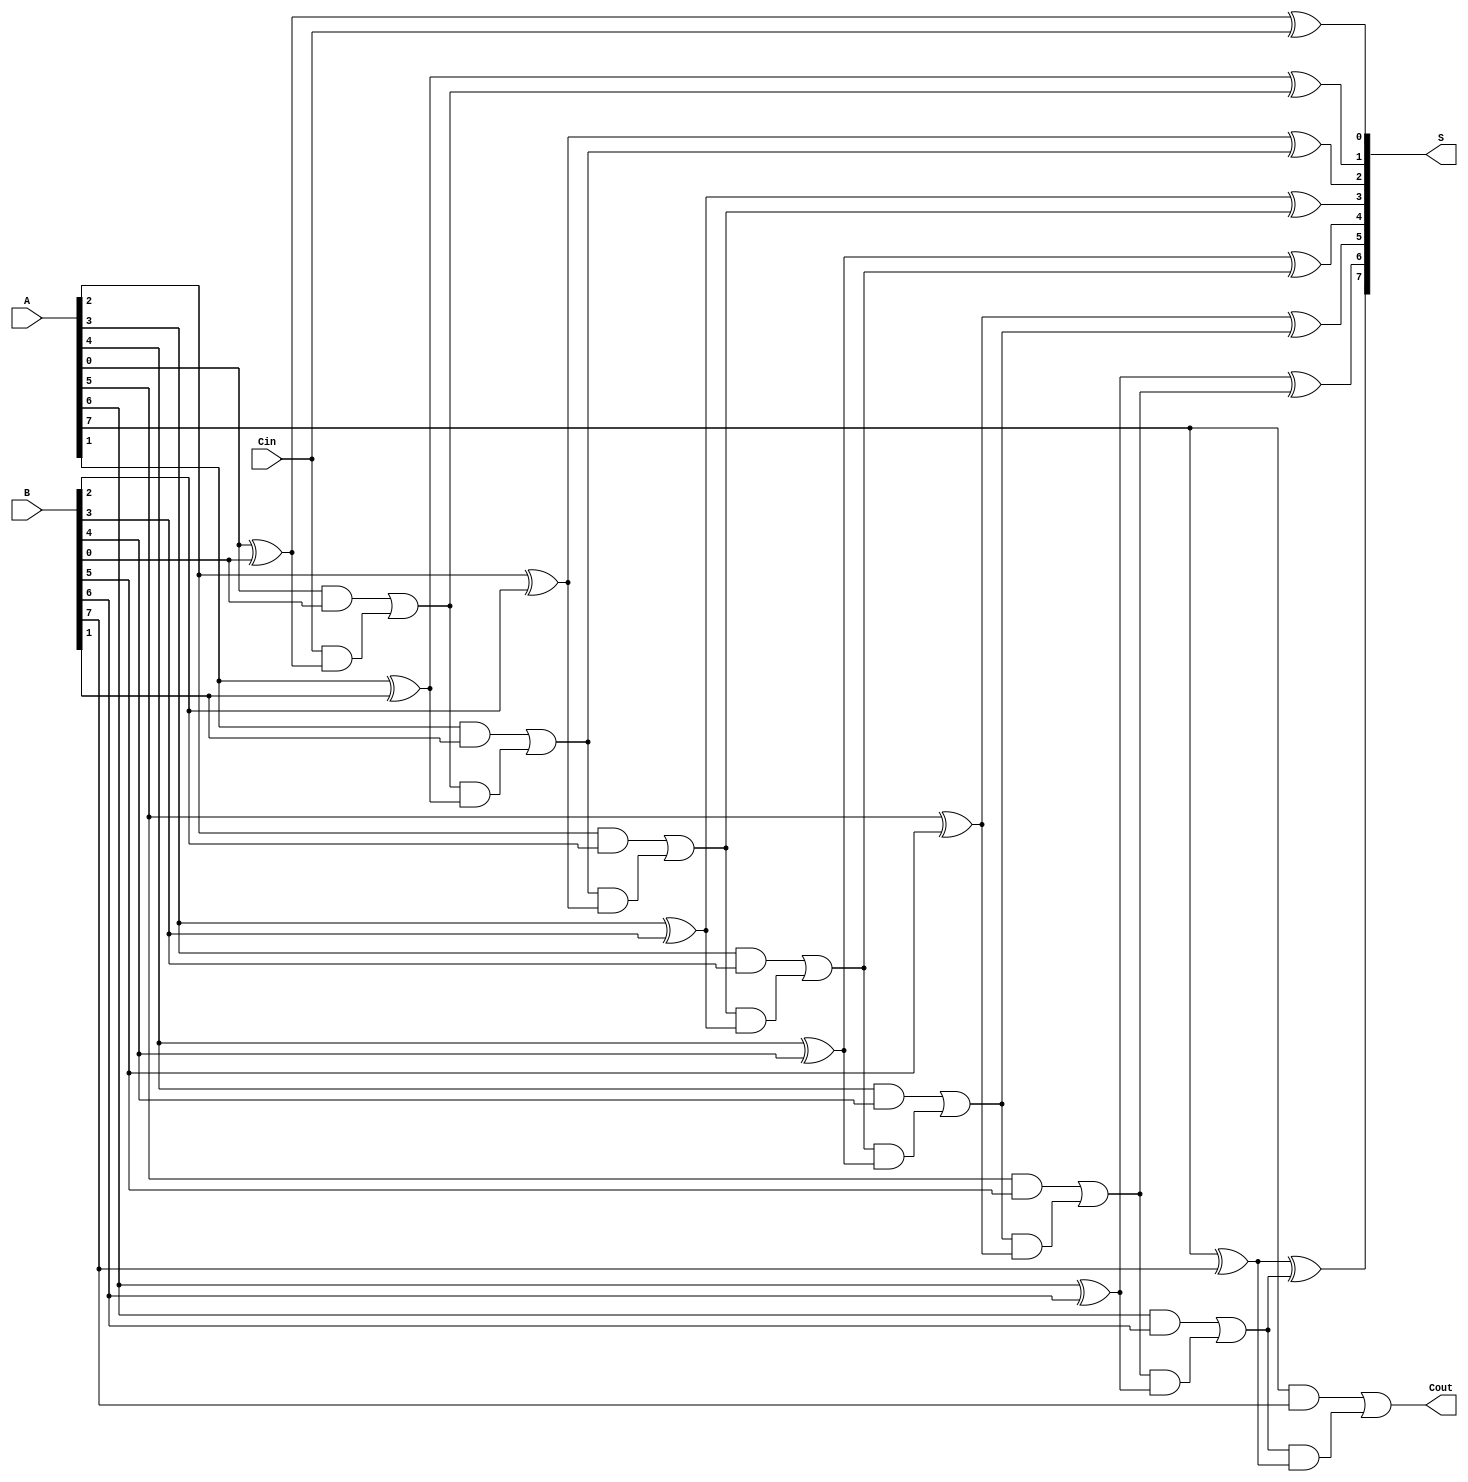
module ManchesterCarryChainAdder #(
    parameter WIDTH = 8  // Width of the input numbers
) (
    input wire [WIDTH-1:0] A,     // First binary number
    input wire [WIDTH-1:0] B,     // Second binary number
    input wire Cin,                // Carry-in
    output wire [WIDTH-1:0] S,     // Sum output
    output wire Cout               // Carry-out
);

    wire [WIDTH:0] carry; // Carry signals, one extra for the final carry-out

    // Initial carry-in
    assign carry[0] = Cin;

    genvar i;
    generate
        for (i = 0; i < WIDTH; i = i + 1) begin : adder_stage
            // Calculate sum for this stage
            assign S[i] = A[i] ^ B[i] ^ carry[i];

            // Calculate carry for this stage using Manchester carry chain logic
            assign carry[i + 1] = (A[i] & B[i]) | (carry[i] & (A[i] ^ B[i]));
        end
    endgenerate

    // Final carry-out
    assign Cout = carry[WIDTH];

endmodule